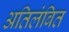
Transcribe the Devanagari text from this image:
अतिलंबित